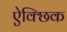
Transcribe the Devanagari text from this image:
ऐक्छिक